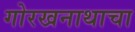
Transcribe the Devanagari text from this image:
गोरखनाथाचा